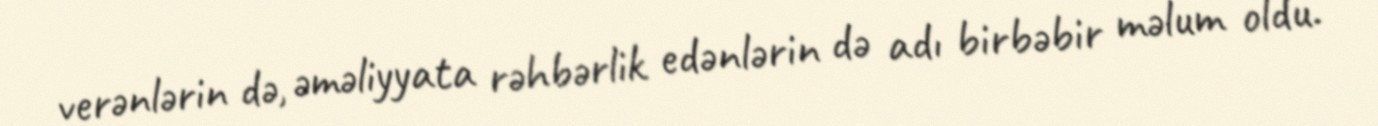
verənlərin də, əməliyyata rəhbərlik edənlərin də adı birbəbir məlum oldu.